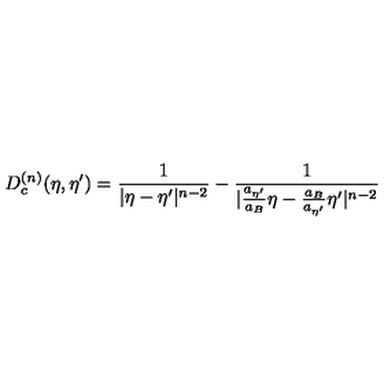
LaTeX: D _ { c } ^ { ( n ) } ( \eta , { \eta } ^ { \prime } ) = \frac { 1 } { | { \eta } - { \eta } ^ { \prime } | ^ { n - 2 } } - \frac { 1 } { | \frac { a _ { { \eta } ^ { \prime } } } { a _ { B } } { \eta } - \frac { a _ { B } } { a _ { { \eta } ^ { \prime } } } { \eta } ^ { \prime } | ^ { n - 2 } }